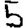
Digit: 5